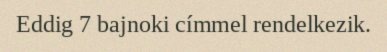
Eddig 7 bajnoki címmel rendelkezik.